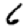
Digit: 6